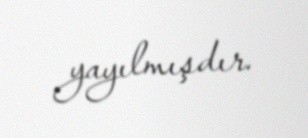
yayılmışdır.